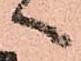
へ